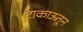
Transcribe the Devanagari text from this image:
टाकाऊतून